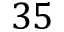
3 5